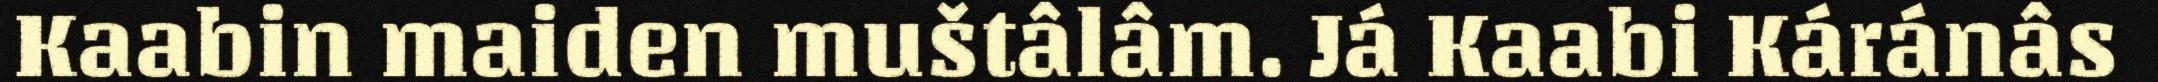
Kaabin maiden muštâlâm. Já Kaabi Káránâs